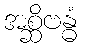
အစ္ဆိဗန္ဓံ